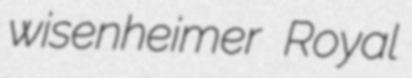
wisenheimer Royal